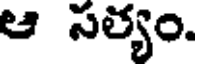
ఆ సత్యం.